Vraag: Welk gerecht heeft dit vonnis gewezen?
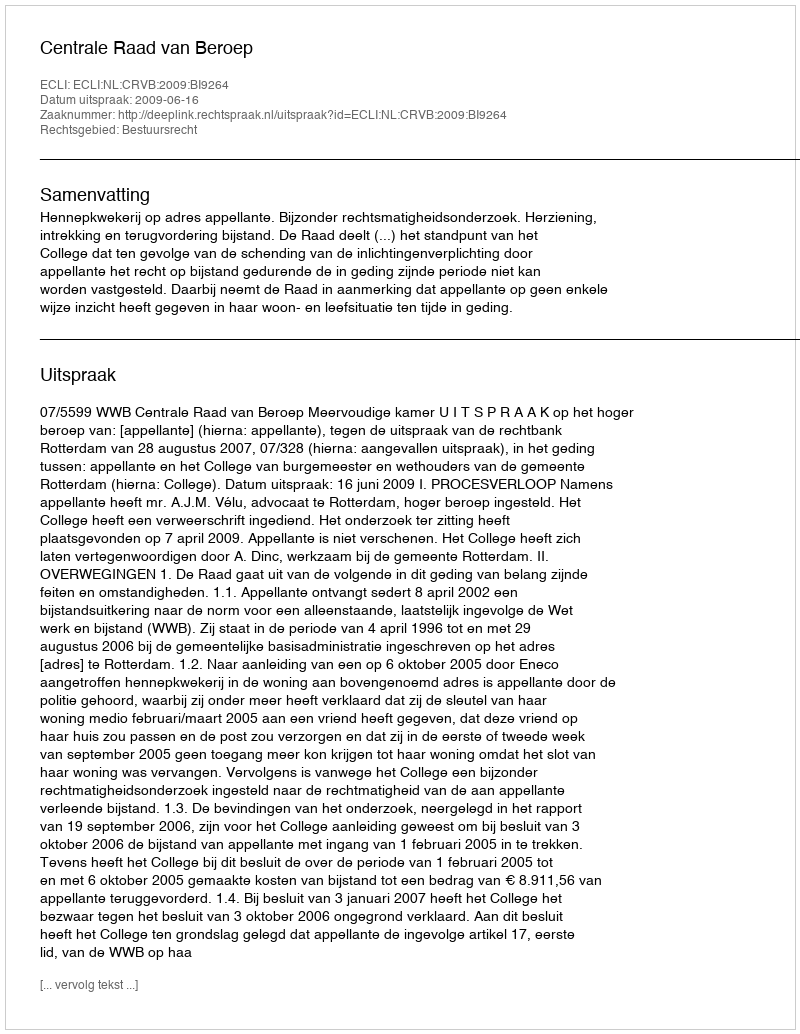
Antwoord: Centrale Raad van Beroep